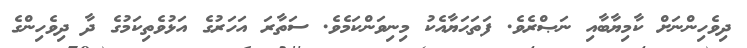
ދިވެހިންނަށް ކާމިޔާބާއި ނަޞްރެވެ. ފަތަޙަޔާއެކު މިނިވަންކަމެވެ. ސަތާރަ އަހަރުގެ އަޅުވެތިކަމުގެ ދާ ދިވެހިންގެ